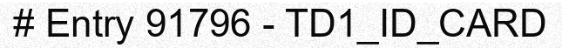
# Entry 91796 - TD1_ID_CARD